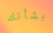
بشأنك